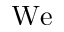
\mathrm { W e }